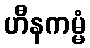
ဟီနကမ္မံ